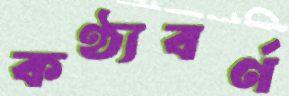
কণ্ঠ্যবর্ণ